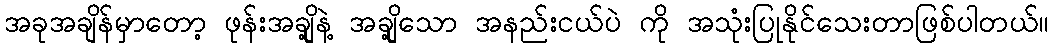
အခုအချိန်မှာတော့ ဖုန်းအချို့နဲ့ အချို့သော အနည်းငယ်ပဲ ကို အသုံးပြုနိုင်သေးတာဖြစ်ပါတယ်။